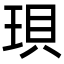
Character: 珼